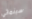
سينمائي